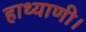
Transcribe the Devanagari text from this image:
हाथ्याणी।